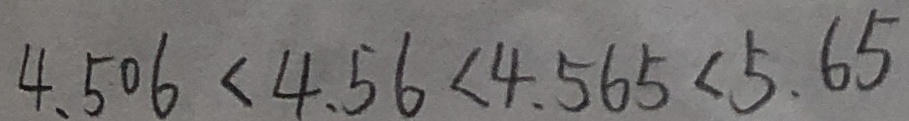
4 . 5 0 6 < 4 . 5 6 < 4 . 5 6 5 < 5 . 6 5